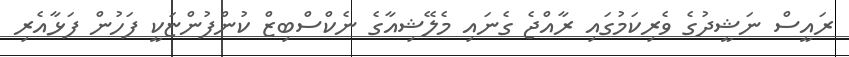
ރައީސް ނަޝީދުގެ ވެރިކަމުގައި ރާއްޖެ ގެނައި މެލޭޝިއާގެ ނެކްސްބިޒް ކުންފުންޏަކީ ފަހުން ފަޅާއެރި